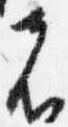
者